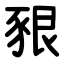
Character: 豤